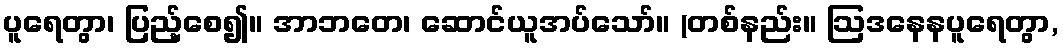
ပူရေတွာ၊ ပြည့်စေ၍။ အာဘတေ၊ ဆောင်ယူအပ်သော်။ (တစ်နည်း။ ဩဒနေနပူရေတွာ,